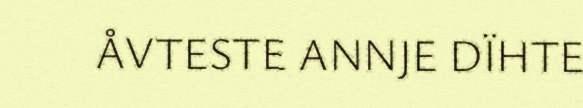
ÅVTESTE ANNJE DÏHTE